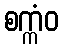
စက္ကံဝ